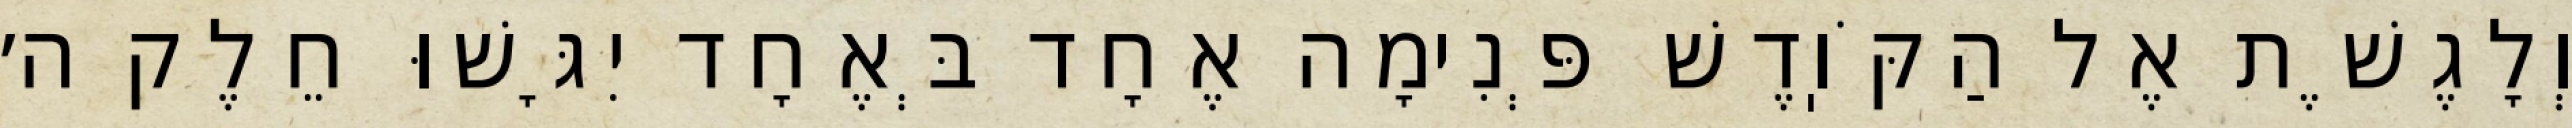
וְלָגֶשֶׁת אֶל הַקֹּוֽדֶשׁ פְּנִימָה אֶחָד בְּאֶחָד יִגָּשׁוּ חֵלֶק ה׳